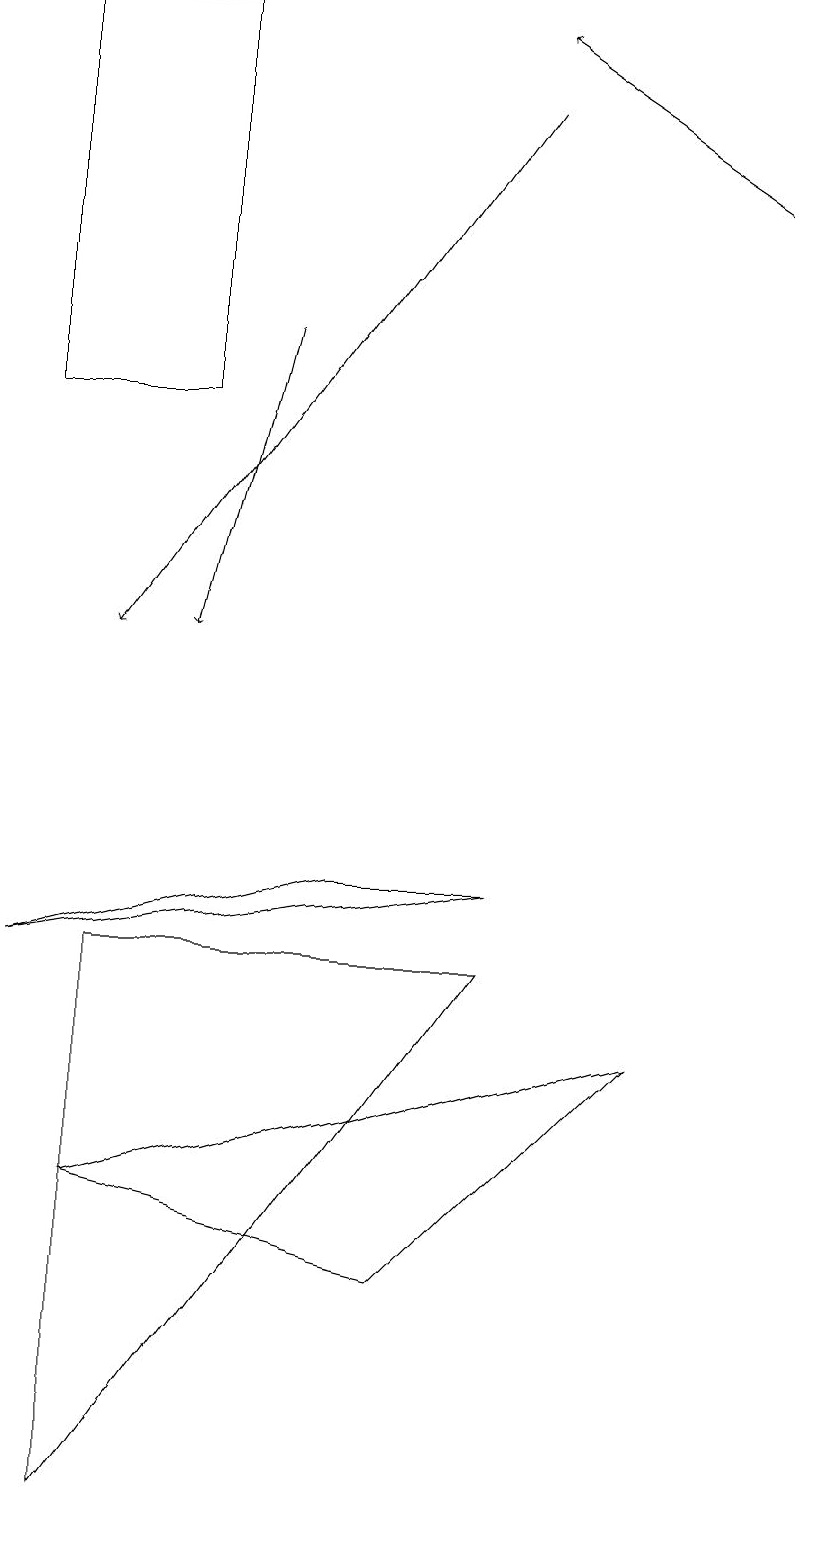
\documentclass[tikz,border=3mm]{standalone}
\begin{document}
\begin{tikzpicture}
\draw (4,8) -- (0,7) -- (6,8) -- cycle;
\draw[->] (9,17) -- (6,19);
\draw[->] (3,15) -- (2,11);
\draw (10,10) circle (0);
\draw (5,3) -- (1,4) -- (8,6) -- cycle;
\draw (1,7) -- (6,7) -- (1,0) -- cycle;
\draw (0,19) rectangle (2,14);
\draw[->] (6,18) -- (1,11);
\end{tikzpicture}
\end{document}